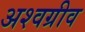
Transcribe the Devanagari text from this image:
अश्वग्रीव